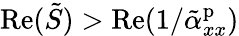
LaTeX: \mathrm{Re}(\tilde{S})>\mathrm{Re}(1/\tilde{\alpha}_{xx}^{\mathrm{p}})